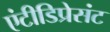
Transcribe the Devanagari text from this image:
एंटीडिप्रेसंट